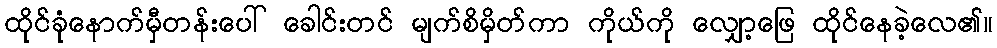
ထိုင်ခုံနောက်မှီတန်းပေါ် ခေါင်းတင် မျက်စိမှိတ်ကာ ကိုယ်ကို လျှော့ဖြေ ထိုင်နေခဲ့လေ၏။